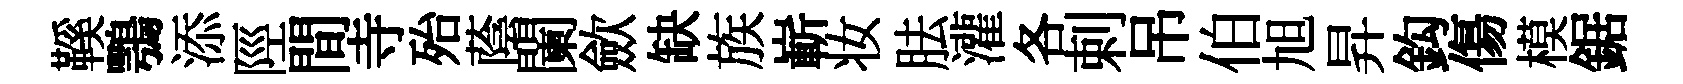
鞵鶚添陘間寺殆蔭闌歛缺族嶄妆胠灌各剌吊伯旭昇鈎傷模鋸